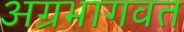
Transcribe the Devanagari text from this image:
अग्रभागवत